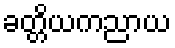
ခတ္တိယကညာယ